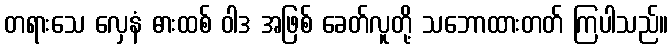
တရားသေ လှေနံ ဓားထစ် ဝါဒ အဖြစ် ခေတ်လူတို့ သဘောထားတတ် ကြပါသည်။